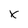
Character: x